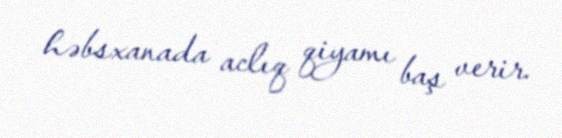
həbsxanada aclıq qiyamı baş verir.